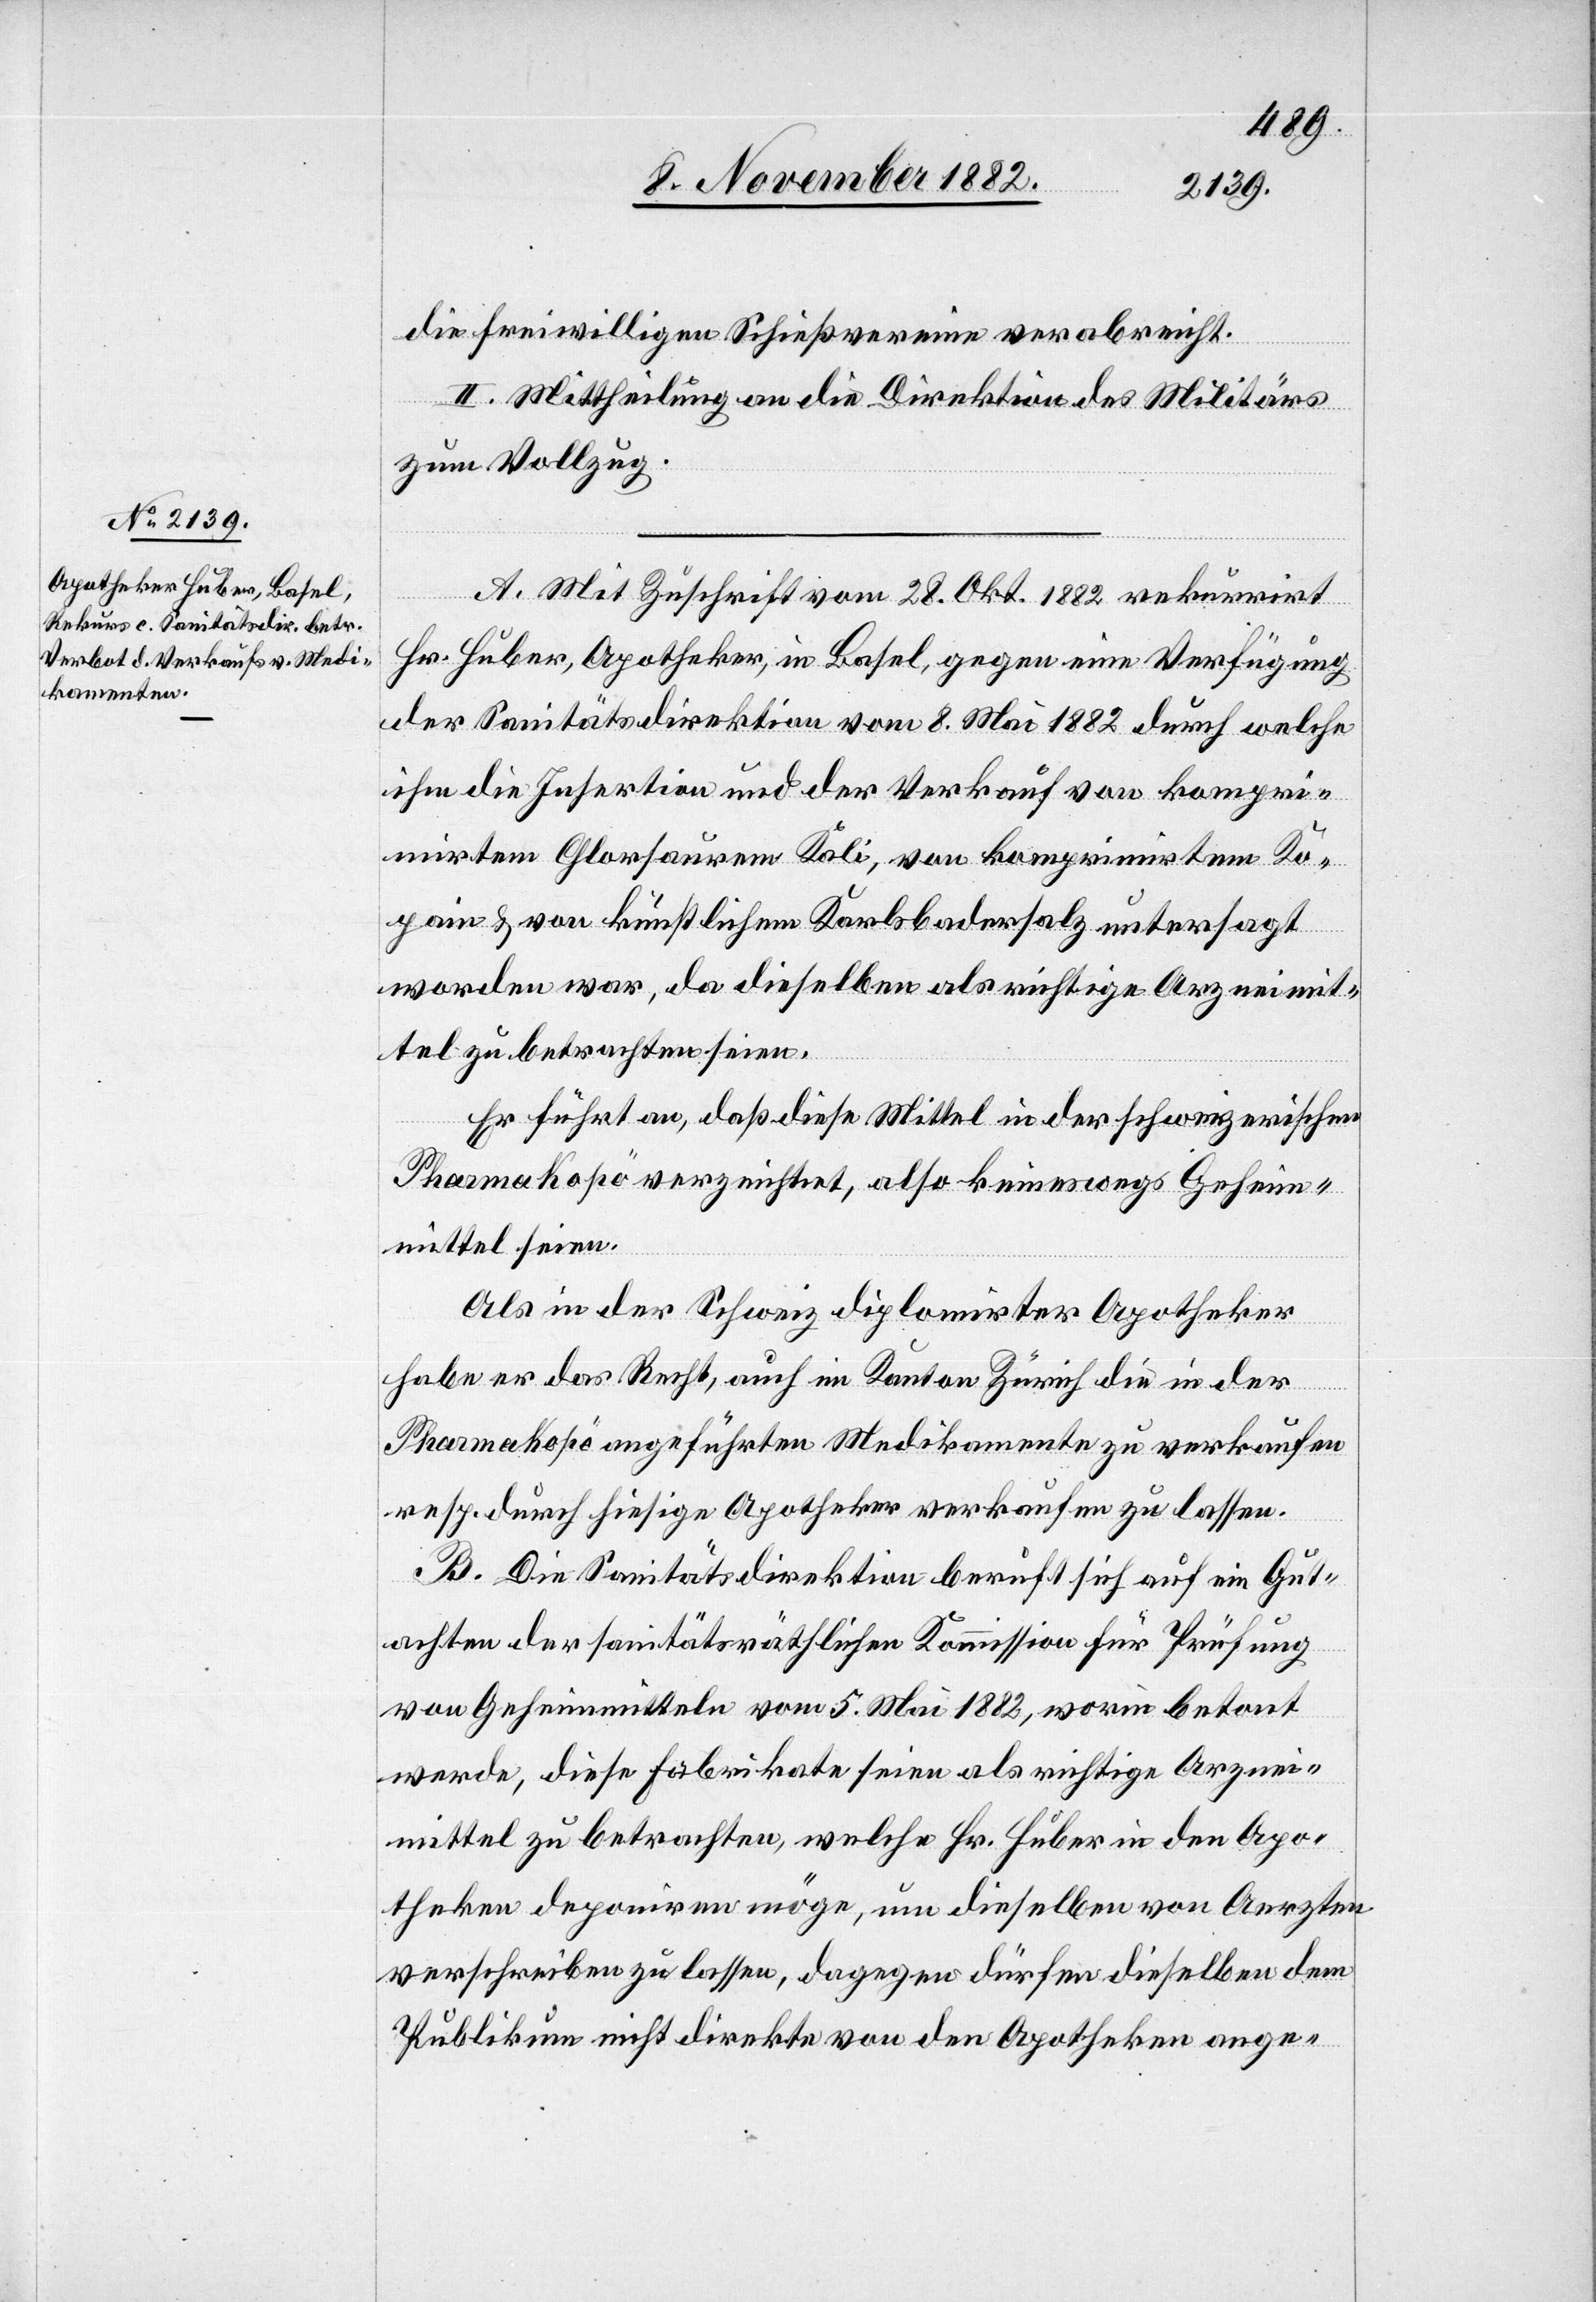
die freiwilligen Schießvereine verabreicht.
II. Mittheilung an die Direktion des Militärs
zum Vollzug.
A. Mit Zuschrift vom 28. Okt. 1882 rekurrirt
Hr. Huber, Apotheker, in Basel, gegen eine Verfügung
der Sanitätsdirektion vom 8. Mai 1882 durch welche
ihm die Insertion und der Verkauf von kompri¬
mirtem Chlorsaurem Kali, von komprimirtem Ko¬
pain & von künstlichem Karlsbadersalz untersagt
worden war, da dieselben als richtige Arzneimit¬
tel zu betrachten seien.
Er führt an, daß diese Mittel in der schweizerischen
Pharmakopö verzeichnet, also keineswegs Geheim¬
mittel seien.
Als in der Schweiz diplomirter Apotheker
habe er das Recht, auch im Kanton Zürich die in der
Pharmakopö angeführten Medikamente zu verkaufen
resp. durch hiesige Apotheker verkaufen zu lassen.
B. Die Sanitätsdirektion beruft sich auf ein Gut¬
achten der sanitätsräthlichen Kommission für Prüfung
von Geheimmitteln vom 5. Mai 1882, worin betont
werde, diese Fabrikate seien als richtige Arznei¬
mittel zu betrachten, welche Hr. Huber in den Apo¬
theken deponiren möge, um dieselben von Aerzten
verschreiben zu lassen, dagegen dürfen dieselben dem
Publikum nicht direkte von den Apotheken ange-